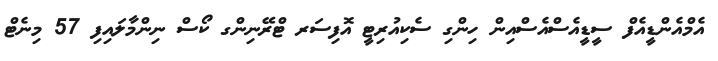
އެމްއެންޑީއެފް ސީޑީއެސްއެސްއިން ހިންގި ސެކިއުރިޓީ އޮފިސަރ ޓްރޭނިންގ ކޯސް ނިންމާލައިފި 57 މިނެޓް